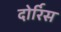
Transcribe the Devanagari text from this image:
दोर्रिस